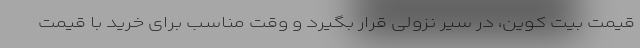
قیمت بیت کوین، در سیر نزولی قرار بگیرد و وقت مناسب برای خرید با قیمت